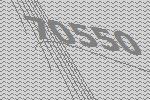
70550